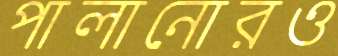
পালানোরও